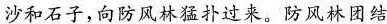
沙和石子，向防风林猛扑过来。防风林团结